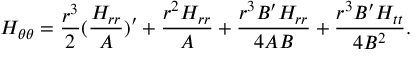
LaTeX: { H } _ { \theta \theta } = { \frac { { r } ^ { 3 } } { 2 } } ( { \frac { { H } _ { r r } } { A } } ) ^ { \prime } + { \frac { { r } ^ { 2 } { H } _ { r r } } { A } } + { \frac { { r } ^ { 3 } B ^ { \prime } { H } _ { r r } } { 4 A B } } + { \frac { { r } ^ { 3 } B ^ { \prime } { H } _ { t t } } { 4 { B } ^ { 2 } } } .